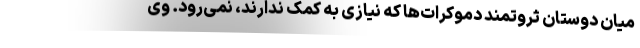
میان دوستان ثروتمند دموکرات‌ها که نیازی به کمک ندارند، نمی‌رود. وی